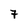
Character: 7